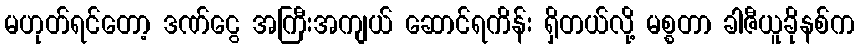
မဟုတ်ရင်တော့ ဒဏ်ငွေ အကြီးအကျယ် ဆောင်ရကိန်း ရှိတယ်လို့ မစ္စတာ ခါဇီယူခိုနစ်က